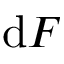
\mathrm { d } F